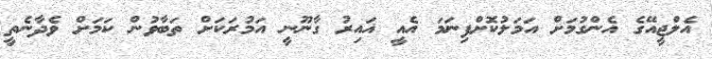
އެލްޖީއޭގެ އެންގުމަށް އަމަލުކޮށްފިނަމަ އެއީ ޣައިރު ގާނޫނީ އަމުރަކަށް ތަބާވުން ކަމަށް ވެދާނެތީ